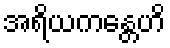
အရိယကန္တေဟိ